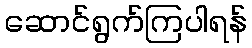
ဆောင်ရွက်ကြပါရန်